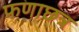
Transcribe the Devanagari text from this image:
फणाछत्र